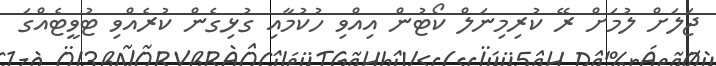
ޖަލަށް ލުމަށް ރޭ ކުރިމިނަލް ކޯޓުން އިއްވި ހުކުމާއި ގުޅިގެން ކުރެއްވި ޓުވީޓެއްގަ